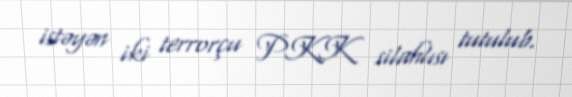
istəyən iki terrorçu PKK silahlısı tutulub.